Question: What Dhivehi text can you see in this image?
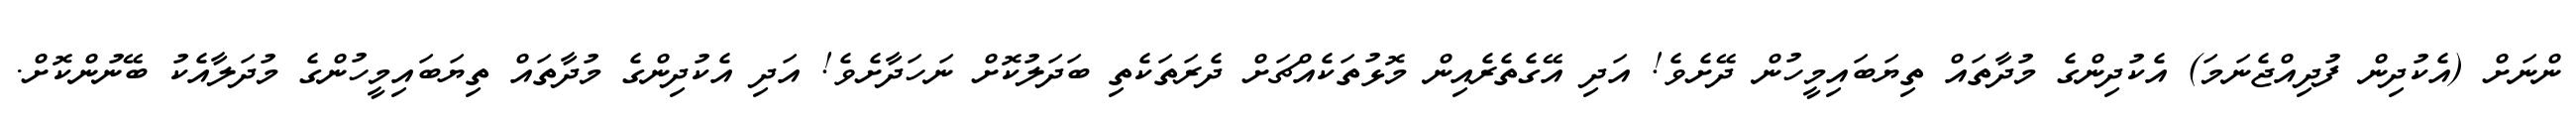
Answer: ންނަށް (އެކުދިން ފުދިއްޖެނަމަ) އެކުދިންގެ މުދާތައް ތިޔަބައިމީހުން ދޭށެވެ! އަދި އޭގެތެރެއިން މޮޅުތަކެއްޗަށް ދެރަތަކެތި ބަދަލުކޮށް ނަހަދާށެވެ! އަދި އެކުދިންގެ މުދާތައް ތިޔަބައިމީހުންގެ މުދަލާއެކު ބޭނުންކޮށް.